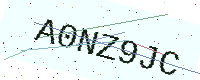
Text: A0NZ9JC